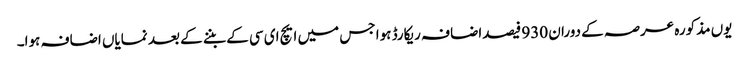
یوں مذکورہ عرصہ کے دوران 930 فیصداضافہ ریکارڈ ہوا جس میں ایچ ای سی کے بننے کے بعد نمایاں اضافہ ہوا۔